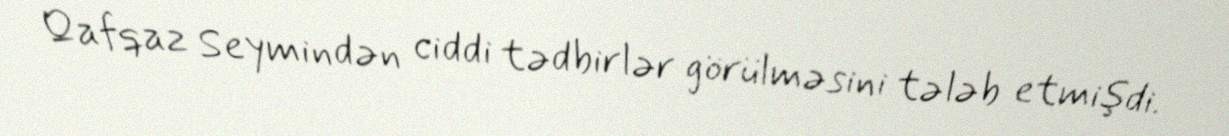
Qafqaz Seymindən ciddi tədbirlər görülməsini tələb etmişdi.